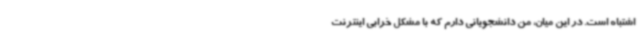
اشتباه است. در این میان، من دانشجویانی دارم که با مشکل خرابی اینترنت